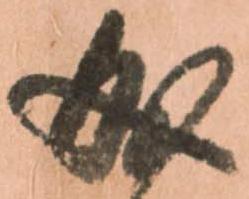
成